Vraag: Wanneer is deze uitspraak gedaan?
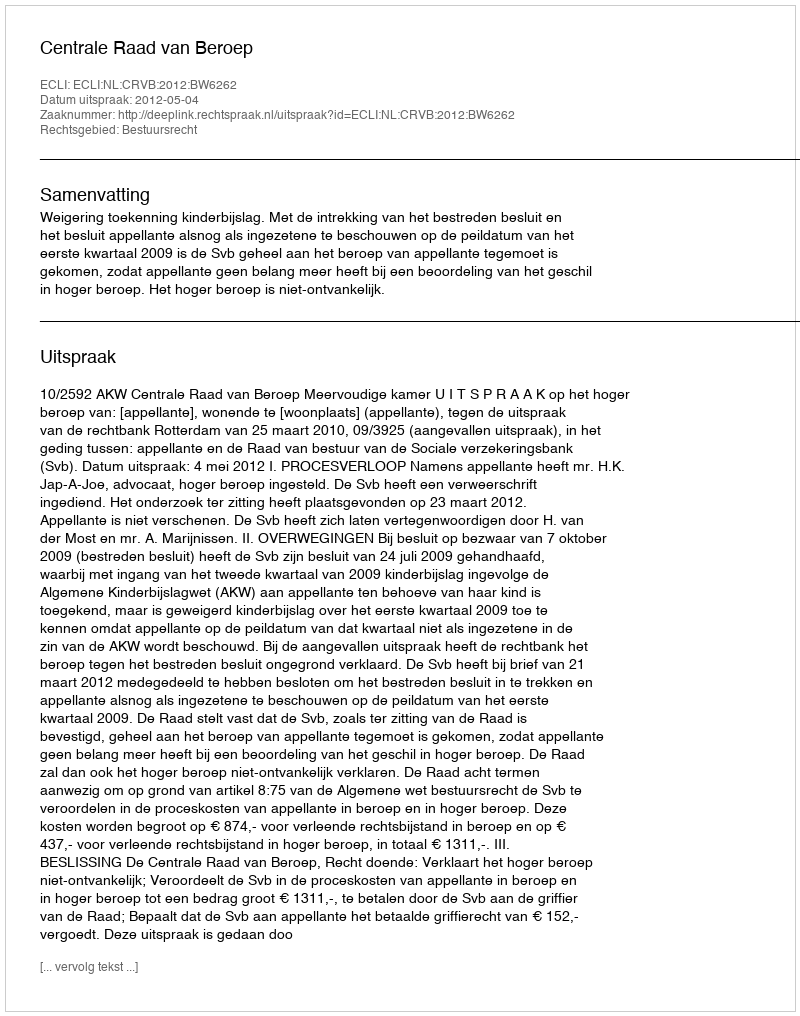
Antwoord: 2012-05-04